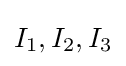
I_{1},I_{2},I_{3}